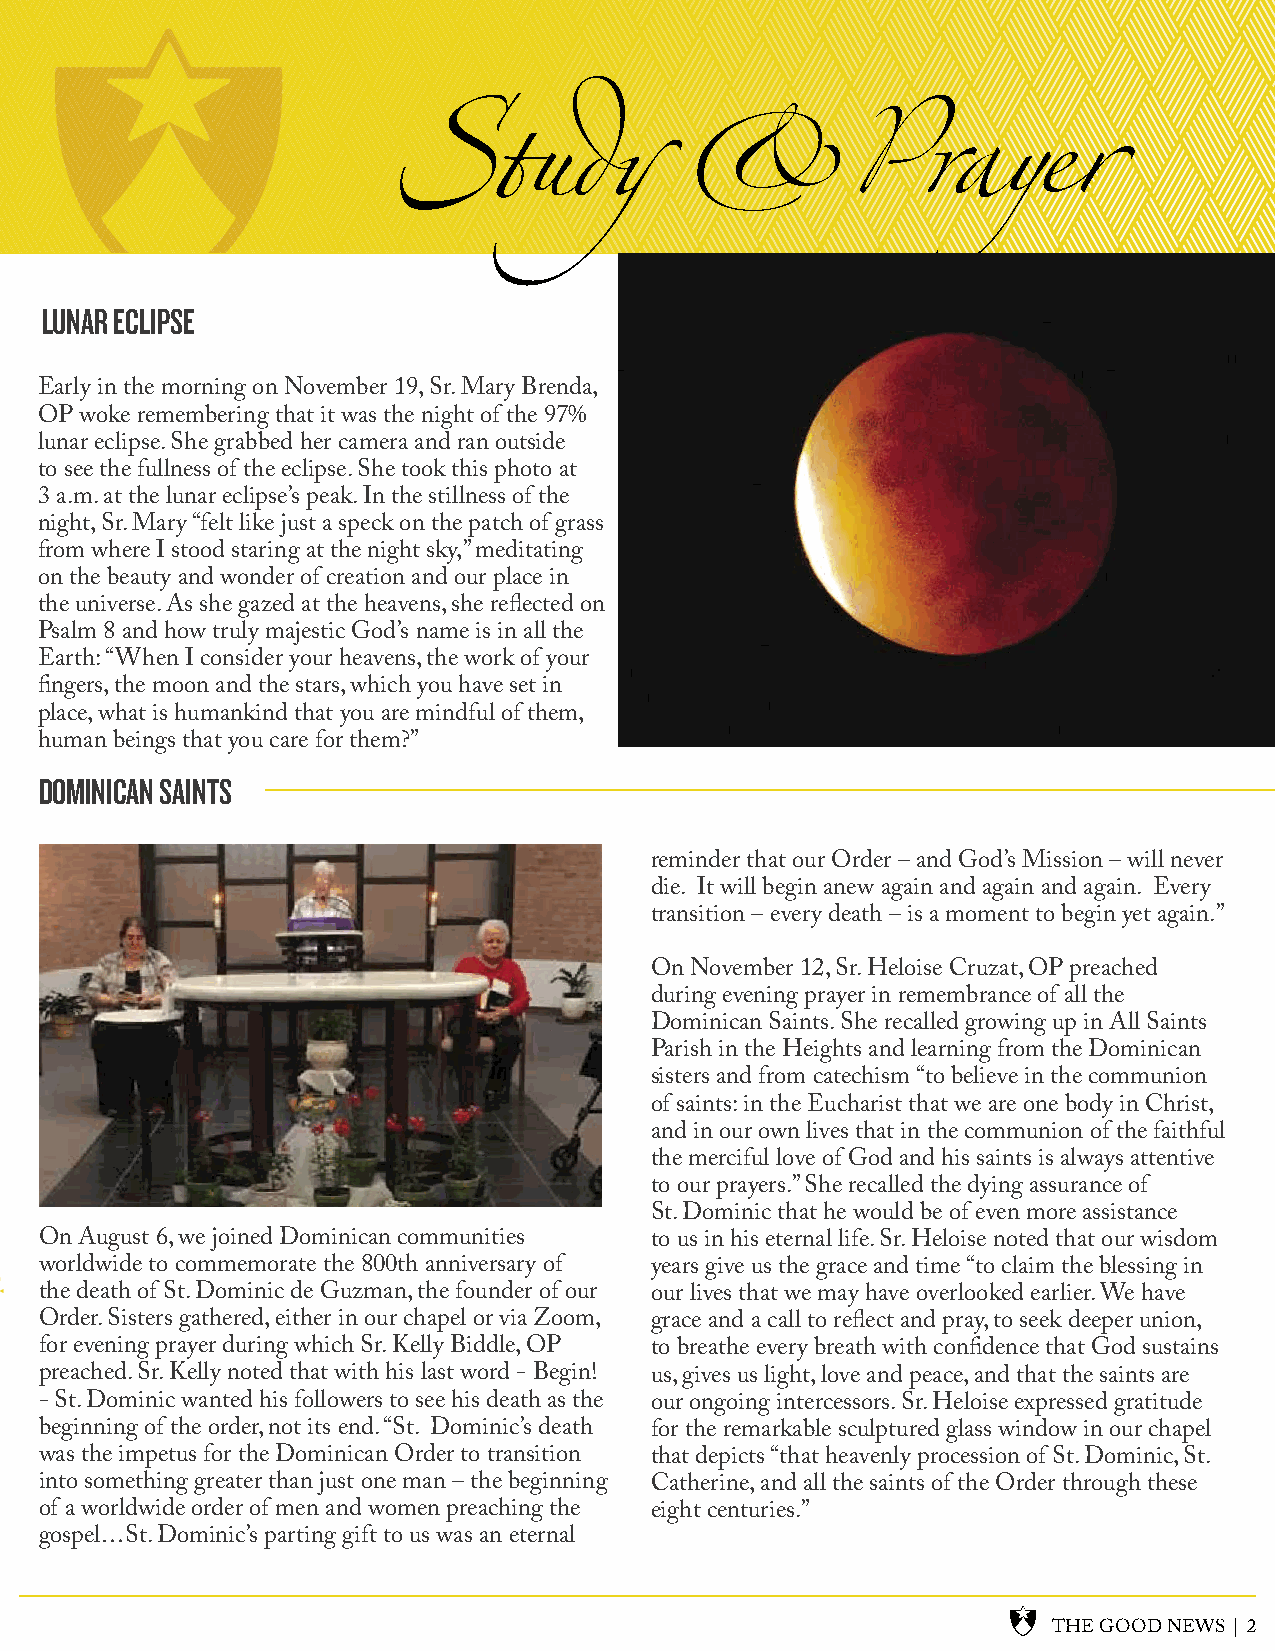
LUNAR ECLIPSE
 Early in the morning on November 19, Sr. Mary Brenda,
 OP woke remembering that it was the night of the 97%
 lunar eclipse. She grabbed her camera and ran outside
 to see the fullness of the eclipse. She took this photo at
 3 a.m. at the lunar eclipse’s peak. In the stillness of the
 night, Sr. Mary “felt like just a speck on the patch of grass
 from where I stood staring at the night sky,” meditating
 on the beauty and wonder of creation and our place in
 the universe. As she gazed at the heavens, she reflected on
 Psalm 8 and how truly majestic God’s name is in all the
 Earth: “When I consider your heavens, the work of your
 fingers, the moon and the stars, which you have set in
 place, what is humankind that you are mindful of them,
 human beings that you care for them?”
 DOMINICAN SAINTS
 reminder that our Order – and God’s Mission – will never
 die. It will begin anew again and again and again. Every
 transition – every death – is a moment to begin yet again.”
 On November 12, Sr. Heloise Cruzat, OP preached
 during evening prayer in remembrance of all the
 Dominican Saints. She recalled growing up in All Saints
 Parish in the Heights and learning from the Dominican
 sisters and from catechism “to believe in the communion
 of saints: in the Eucharist that we are one body in Christ,
 and in our own lives that in the communion of the faithful
 the merciful love of God and his saints is always attentive
 to our prayers.” She recalled the dying assurance of
 St. Dominic that he would be of even more assistance
 On August 6, we joined Dominican communities to us in his eternal life. Sr. Heloise noted that our wisdom
 worldwide to commemorate the 800th anniversary of years give us the grace and time “to claim the blessing in
 the death of St. Dominic de Guzman, the founder of our our lives that we may have overlooked earlier. We have
 Order. Sisters gathered, either in our chapel or via Zoom, grace and a call to reflect and pray, to seek deeper union,
 for evening prayer during which Sr. Kelly Biddle, OP to breathe every breath with confidence that God sustains
 preached. Sr. Kelly noted that with his last word - Begin! us, gives us light, love and peace, and that the saints are
 - St. Dominic wanted his followers to see his death as the our ongoing intercessors. Sr. Heloise expressed gratitude
 beginning of the order, not its end. “St. Dominic’s death for the remarkable sculptured glass window in our chapel
 was the impetus for the Dominican Order to transition that depicts “that heavenly procession of St. Dominic, St.
 into something greater than just one man – the beginning Catherine, and all the saints of the Order through these
 of a worldwide order of men and women preaching the eight centuries.”
 gospel…St. Dominic’s parting gift to us was an eternal
 THE GOOD NEWS | 2